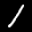
Label: 1